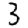
Digit: 3